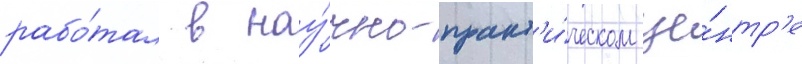
рабо́тал в нау́чно-практ'и́ческом це́нтр'е